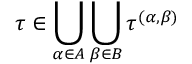
\tau \in \bigcup _ { \alpha \in A } \bigcup _ { \beta \in B } \tau ^ { ( \alpha , \beta ) }